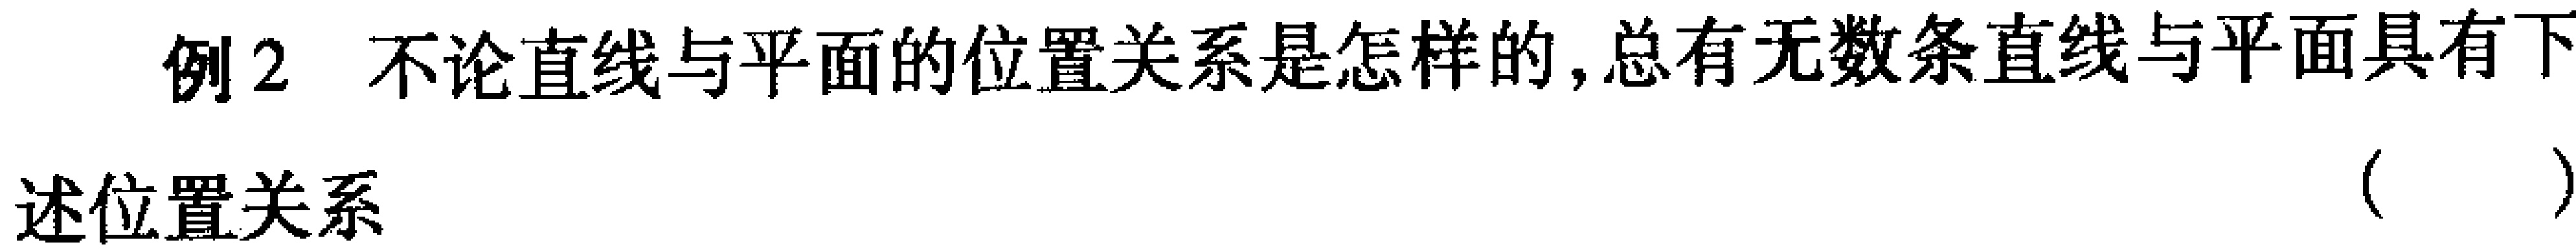
例2 不论直线与平面的位置关系是怎样的,总有无数条直线与平面具有下
述位置关系 （ ）